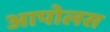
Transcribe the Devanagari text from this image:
आपोलस